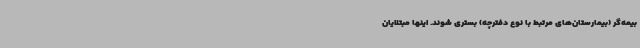
بیمه‌گر (بیمارستان‌های مرتبط با نوع دفترچه) بستری شوند. اینها مبتلایان